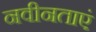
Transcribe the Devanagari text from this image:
नवीनताएं